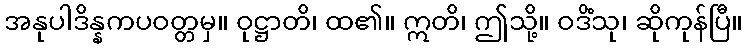
အနုပါဒိန္နကပဝတ္တမှ။ ဝုဋ္ဌာတိ၊ ထ၏။ ဣတိ၊ ဤသို့။ ဝဒိံသု၊ ဆိုကုန်ပြီ။